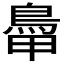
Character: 𩿼